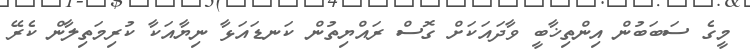
މީގެ ސަބަބުން އިންތިޚާބީ ވާދައަކަށް ގޮސް ރައްޔިތުން ކަނޑައަޅާ ނިޔާއަކާ ކުރިމަތިލާން ކެރޭ